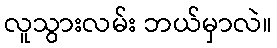
လူသွားလမ်း ဘယ်မှာလဲ။